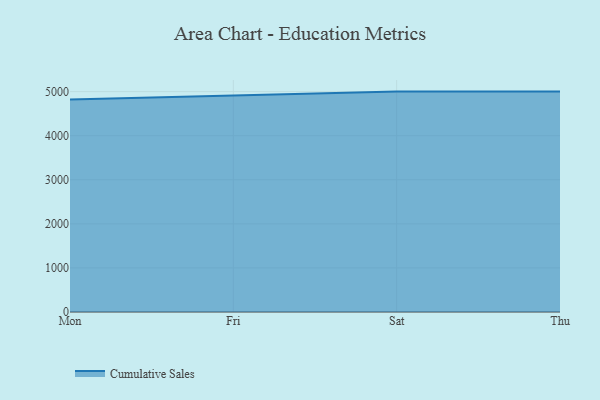
{"axis": {"x": "Day", "y": "Waste Production (Tons)"}, "legend": ["Cumulative Sales"], "data": [{"x": "Mon", "y": 4821.9, "type": "Cumulative Sales"}, {"x": "Fri", "y": 4915.7, "type": "Cumulative Sales"}, {"x": "Sat", "y": 5000, "type": "Cumulative Sales"}, {"x": "Thu", "y": 5000, "type": "Cumulative Sales"}]}